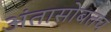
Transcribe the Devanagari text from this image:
अंतासोबतच